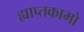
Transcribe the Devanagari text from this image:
ह्याप्तकामो